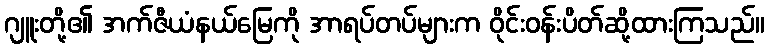
ဂျူးတို့၏ အက်ဇီယံနယ်မြေကို အာရပ်တပ်များက ဝိုင်းဝန်းပိတ်ဆို့ထားကြသည်။